Annual administration report of the Civil Veterinary Department of India - 1895-1896
Year: 1895
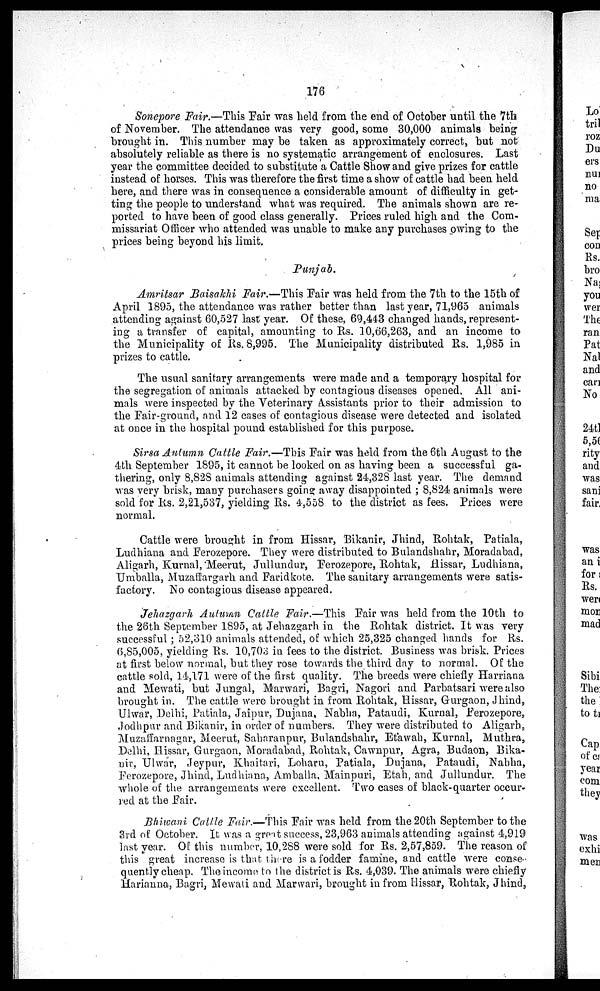
176
Soncpore Fair.—This Pair was held from the end of October until the 7th
of November. The attendance was very good, some 30,000 animals being
brought in. This number may be taken as approximately correct, but not
absolutely reliable as there is no systematic arrangement of enclosures. Last
year the committee decided to substitute a Cattle Show and give prizes for cattle
instead of horses. This was therefore the first time a show of cattle had been held
here, and there was in consequence a considerable amount of difficulty in get-
ting the people to understand what was required. The animals shown are re-
ported to have been of good class generally. Prices ruled high and the Com-
missariat Officer who attended was unable to make any purchases owing to the
prices being beyond his limit.
Punjab.
Amritsar Baisakhi Fair.—This Pair was held from the 7th to the 15th of
April 1895, the attendance was rather better than last year, 71,965 animals
attending against 60,527 last year. Of these, 69,443 changed hands, represent-
ing a transfer of capital, amounting to Rs. 10,66,263, and an income to
the Municipality of Rs. 8,995. The Municipality distributed Rs. 1,985 in
prizes to cattle.
The usual sanitary arrangements were made and a temporary hospital for
the segregation of animals attacked by contagious diseases opened. All ani-
mals were inspected by the Veterinary Assistants prior to their admission to
the Fair-ground, and 12 cases of contagious disease were detected and isolated
at once in the hospital pound established for this purpose.
Sirsa Autumn Cattle Fair.—This Pair was held from the 6th August to the
4th September 1895, it cannot be looked on as having been a successful ga-
thering, only 8,828 animals attending against 24,328 last year. The demand
was very brisk, many purchasers going away disappointed; 8,824 animals were
sold for Rs. 2,21,537, yielding Rs. 4,558 to the district as fees. Prices were
normal.
Cattle were brought in from Hissar, Bikanir, Jhind, Rohtak, Patiala,
Ludhiana and Ferozepore. They were distributed to Bulandshahr, Moradabad,
Aligarh, Kurnal, Meerut, Jullundur, Ferozepore, Rohtak, Hissar, Ludhiana,
Umballa, Muzarffargarh and Faridkote. The sanitary arrangements were satis-
factory. No contagious disease appeared.
Jehazgarh Autumn Cattle Fair.—This Pair was held from the 10th to
the 26th September 1895, at Jehazgarh in the Rohtak district. It was very
successful; 52,310 animals attended, of which 25,325 changed hands for Rs.
(5,85,005, yielding Rs. 10,703 in fees to the district. Business was brisk. Prices
at first below normal, but they rose towards the third day to normal. Of the
cattle sold, 14,171 were of the first quality. The breeds were chiefly Harriana
and Mewati, but Jungal, Marwari, Bagri, Nagori and Parbatsari were also
brought in. The cattle were brought in from Rohtak, Hissar, Gurgaon, Jhind,
Ulwar, Delhi, Patiala, Jaipur, Dujana, Nabha, Pataudi, Kurnal, Ferozepore,
Jodhpur and Bikanir, in order of numbers. They were distributed to Aligarh,
Muzaffarnagar, Meerut, Saharanpur, Bulandshahr, Etawah, Kurnal, Muthra,
Delhi, Hissar, Gurgaon, Moradabad, Rohtak, Cawnpur, Agra, Budaon, Bika-
nir, Ulwar, Jeypur, Khaitari, Loharu, Patiala, Dujana, Pataudi, Nabha,
Ferozepore, Jhind, Ludhiana, Amballa, Mainpuri, Etah, and Jullundur. The
whole of the arrangements were excellent. Two cases of black-quarter occur-
red at the Pair.
Bhiwani Cattle Fair.—This Pair was held from the 20th September to the
3rd of October. It was a great success, 23,963 animals attending against 4,919
last year. Of this number, 10,288 were sold for Rs. 2,57,859. The reason of
this great increase is that there is a fodder famine, and cattle were conse
quently cheap. The income to the district is Rs. 4,039. The animals were chiefly
Harianna, Bagri, Mewati and Marwari, brought in from Hissar, Rohtak, Jhind,